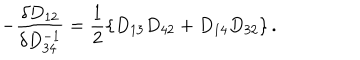
- \frac { \delta D _ { 1 2 } } { \delta D _ { 3 4 } ^ { - 1 } } = \frac { 1 } { 2 } \left\{ D _ { 1 3 } D _ { 4 2 } + D _ { 1 4 } D _ { 3 2 } \right\} .